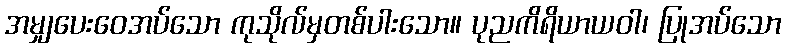
အမျှပေးဝေအပ်သော ကုသိုလ်မှတစ်ပါးသော။ ပုညကိရိယာယဝါ၊ ပြုအပ်သော